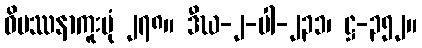
ဝိပဿနာကူးပုံ ၂၇၈။ ဒီဃ-၂-ပါ-၂၃၁၊ ဋ္ဌ-၃၅၂။